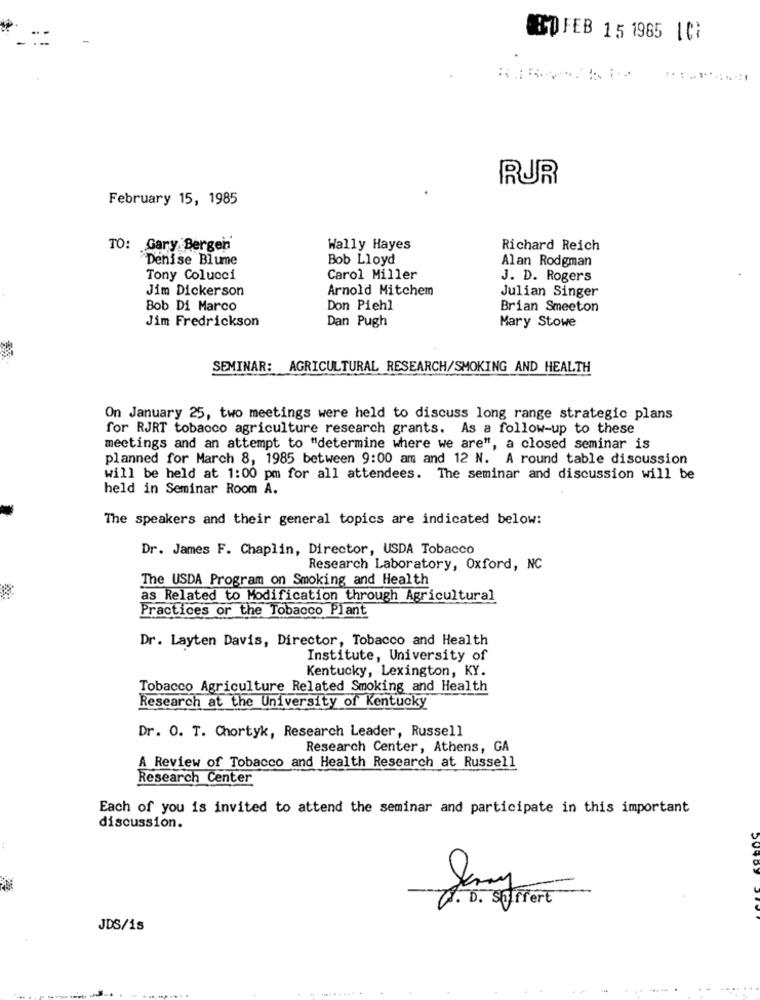
EDFEB 15 1985 101
RUR
February 15, 1985
TO: Gary Bergen
Wally Hayes
Richard Reich
Denise Blume
Bob Lloyd
Alan Rodgman
Tony Colucci
Carol Miller
J. D. Rogers
Jim Dickerson
Arnold Mitchem
Julian Singer
Bob Di Marco
Don Piehl
Brian Smeeton
Jim Fredrickson
Dan Pugh
Mary Stowe
SEMINAR: AGRICULTURAL RESEARCH/SMOKING AND HEALTH
On January 25, two meetings were held to discuss long range strategic plans
for RJRT tobacco agriculture research grants. As a follow-up to these
meetings and an attempt to "determine where we are", a closed seminar is
planned for March 8, 1985 between 9:00 am and 12 N. A round table discussion
will be held at 1:00 pm for all attendees. The seminar and discussion will be
held in Seminar Room A.
The speakers and their general topics are indicated below:
Dr. James F. Chaplin, Director, USDA Tobacco
Research Laboratory, Oxford, NC
The USDA Program on Smoking and Health
as Related to Modification through Agricultural
Practices or the Tobacco Plant
Dr. Layten Davis, Director, Tobacco and Health
Institute, University of
Kentucky, Lexington, KY.
Tobacco Agriculture Related Smoking and Health
Research at the University of Kentucky
Dr. O. T. Chortyk, Research Leader, Russell
Research Center, Athens, GA
A Review of Tobacco and Health Research at Russell
Research Center
Each of you is invited to attend the seminar and participate in this important
discussion.
U . D . surfert
JDS/15
--.